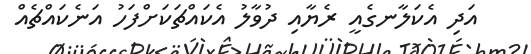
އަދި އެކަލާނގެއީ ރެޔާއި ދުވާލު އެކައްޗަކަށްފަހު އަނެކައްޗެއް